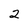
Character: 2